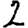
Digit: 2